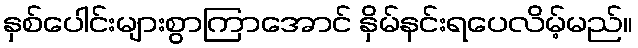
နှစ်ပေါင်းများစွာကြာအောင် နှိမ်နင်းရပေလိမ့်မည်။